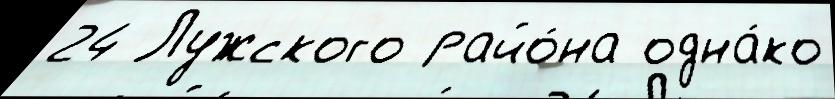
24 Лужского райо́на одна́ко